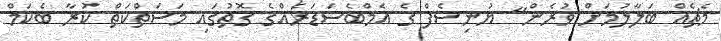
މެޗެއް ބަލާލުމަށް ވުރެން" ޔުނިސެފް ގެ އެމްބެސަޑަރެއްގެ ގޮތުގައި މަސަތްކަތް ކުރާ ބެކަމް